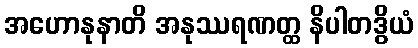
အဟောနုနာတိ အနုဿရဏတ္ထ နိပါတဒွိယံ